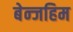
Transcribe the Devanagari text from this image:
बेन्जहिम